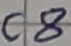
Text: C8